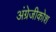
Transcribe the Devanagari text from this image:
अंग्रेजीकोश